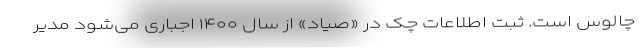
چالوس است. ثبت اطلاعات چک در «صیاد» از سال ۱۴۰۰ اجباری می‌شود مدیر